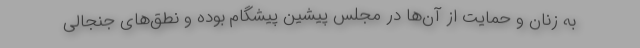
به زنان و حمایت از آن‌ها در مجلس پیشین پیشگام بوده و نطق‌های جنجالی